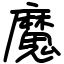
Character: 魔